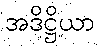
အဒိဋ္ဌိယာ